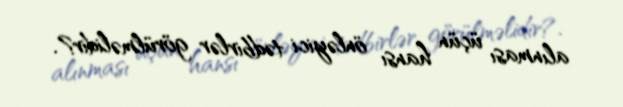
alınması üçün hansı önləyici tədbirlər görülməlidir?.